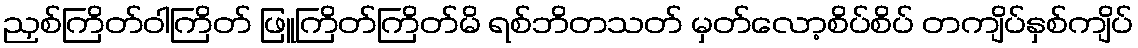
ညှစ်ကြိတ်ဝါကြိတ် ဖြူကြိတ်ကြိတ်မိ ရစ်ဘိတသတ် မှတ်လော့စိပ်စိပ် တကျိပ်နှစ်ကျိပ်